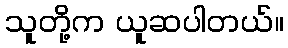
သူတို့က ယူဆပါတယ်။